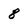
Character: 8